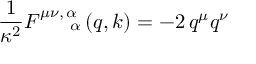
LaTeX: { \frac { 1 } { \kappa ^ { 2 } } } F _ { \; \quad \; \; \alpha } ^ { \mu \nu , \, \alpha } \left( q , k \right) = - 2 \, q ^ { \mu } q ^ { \nu }